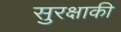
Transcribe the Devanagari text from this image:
सुरक्षाकी